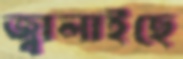
জ্বালাইছে